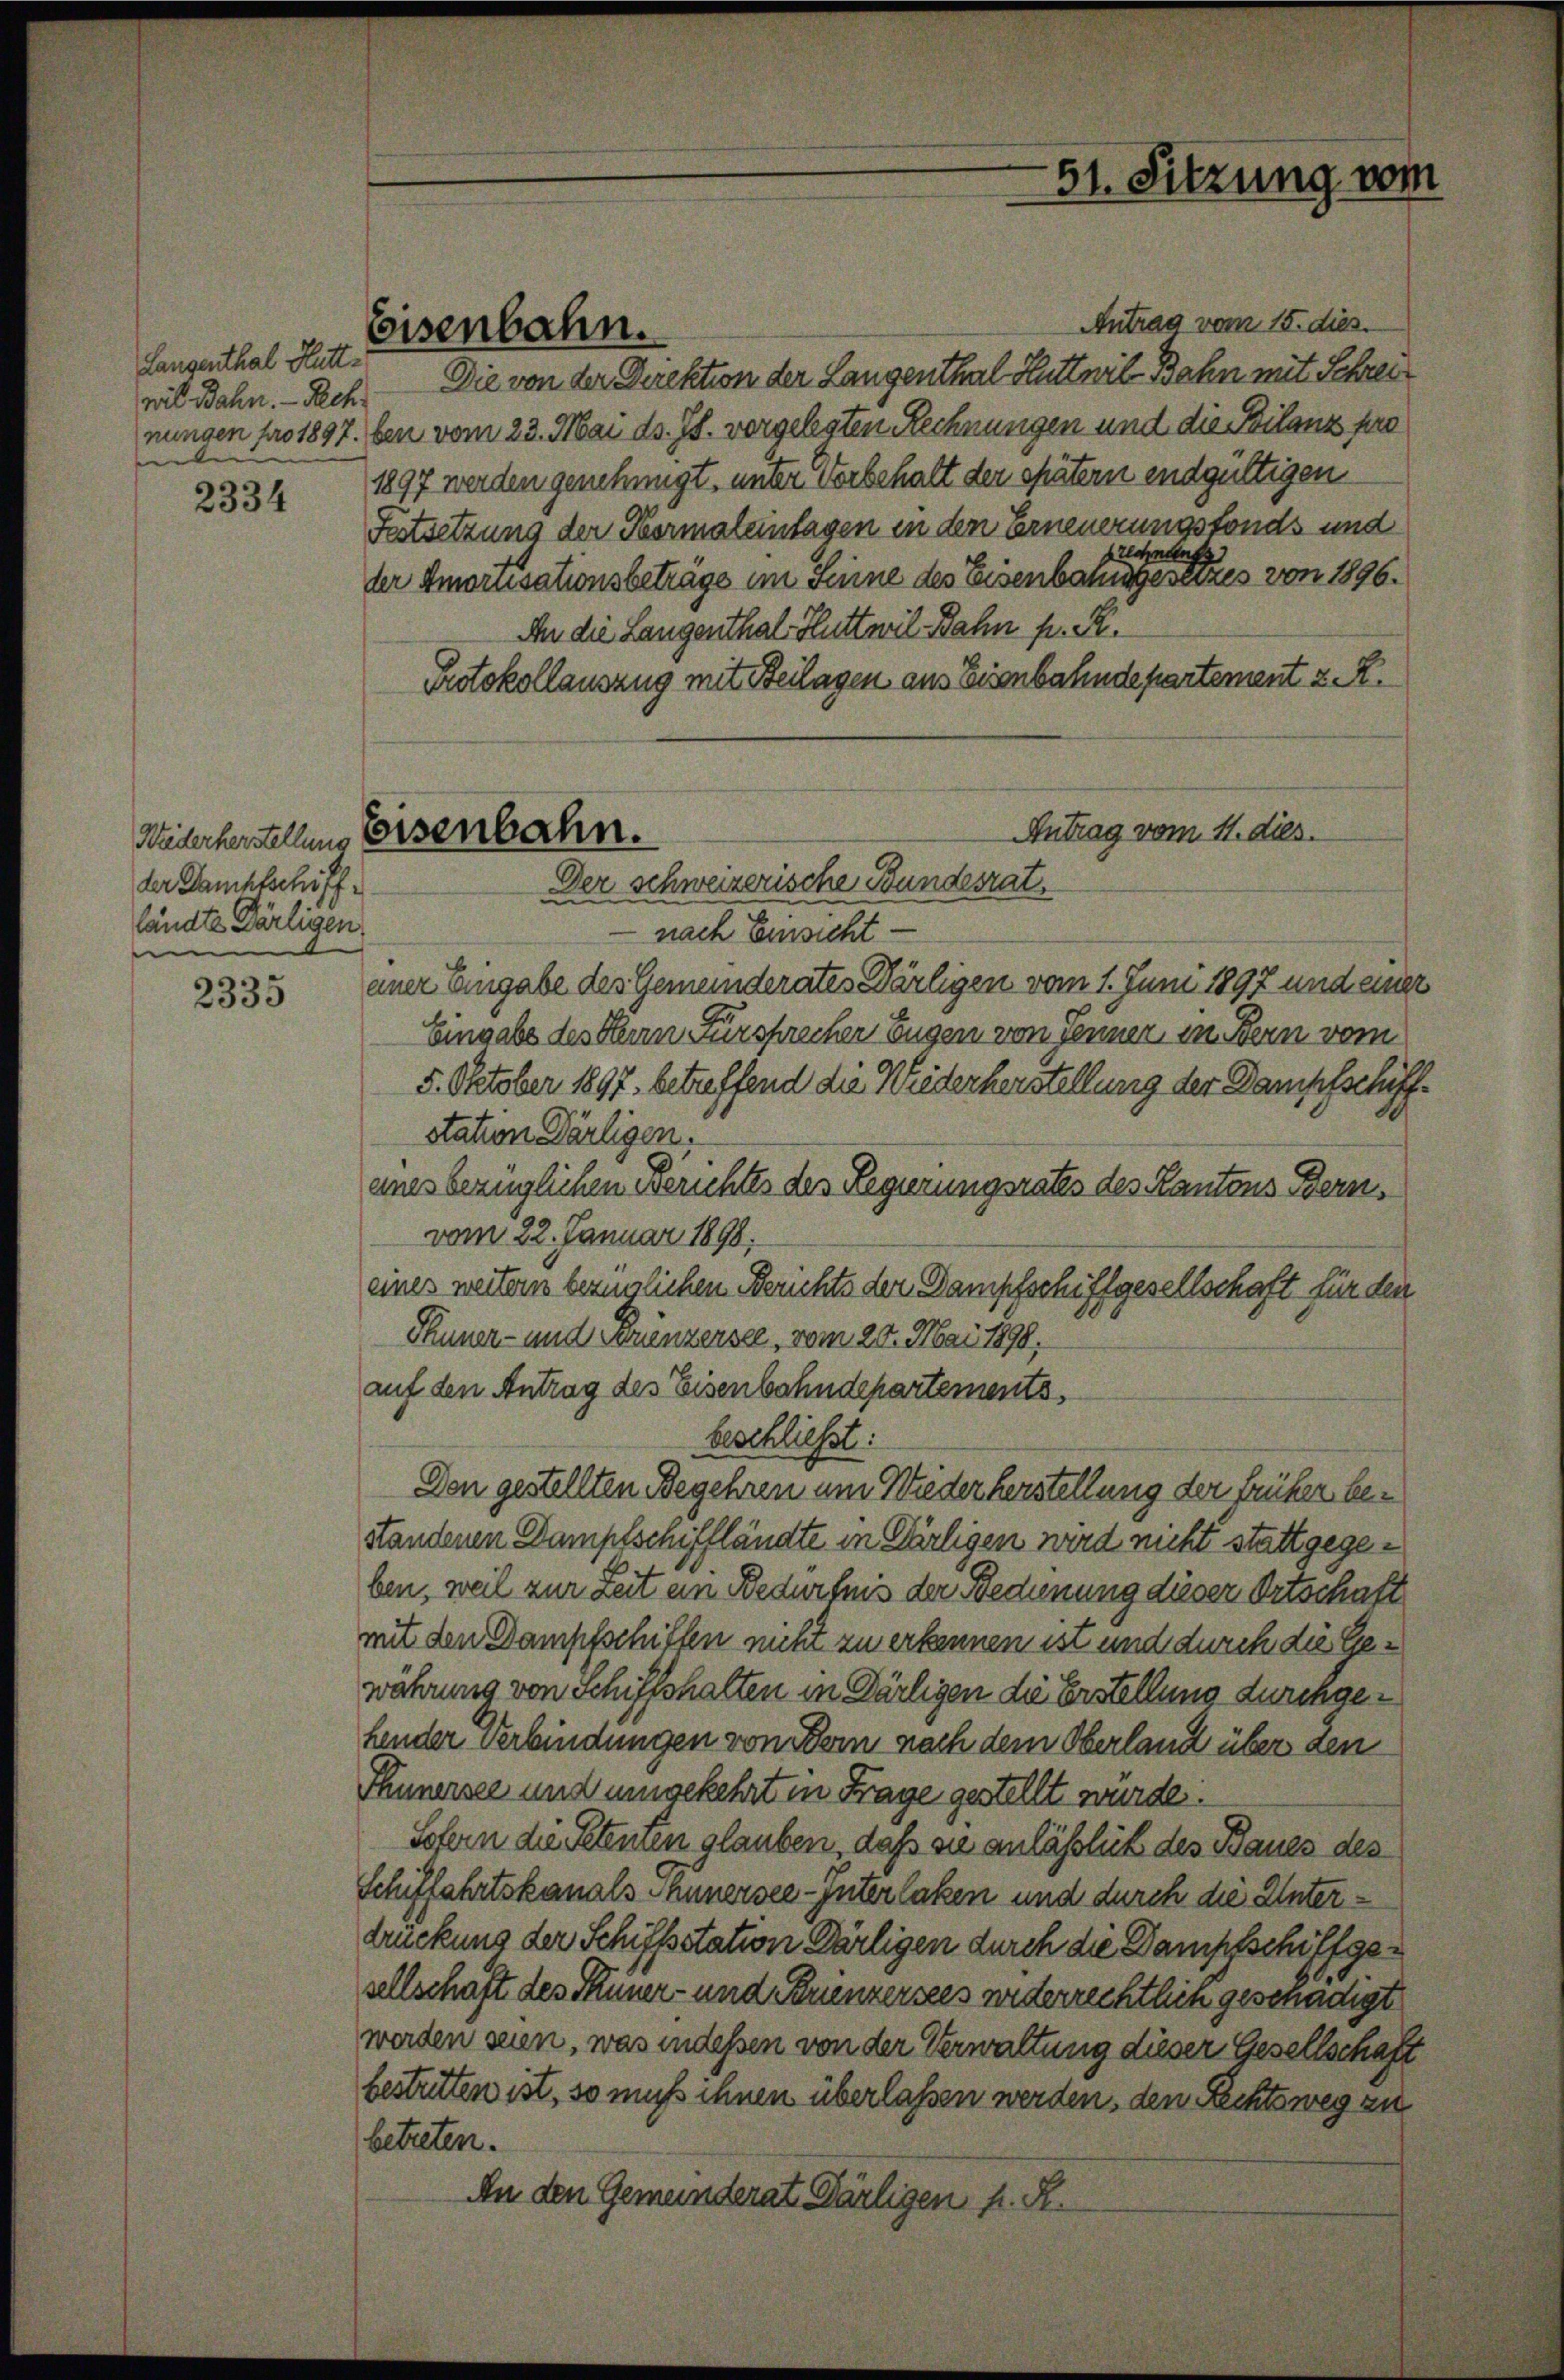
Langenthal Huttt

2334

der Dancktschiff
ländte Bärligen
e

2335

Eisenbahn.

Wederherstellens Eisenbahn.
Der schweizerische Bundesrat,

Antrag vom 15. dies.
will Bahn. - Nach Die von der Direktion der Langenthal Huttnil Bahn mit Schreinungen füro 1897. ben vom 23. Mai d. Js. vorgelegten Rechnungen und die Bilanz pro
1897 werden genehmigt, unter vorbehalt der spätern endgültigen
Festsetzung der Hermaleinlagen in den Erneuerungsfonds und
Brechnung
der Amortisationsbeträge im Seine des Eisenbauingesetzes von 1896.
An die Langenthal-Huttwil Bahn pr. K.
Protokollauszug mit Beilagen aus Eisenbahndepartement z. R.
 nach Einsicht
ener Eingabe des Gemeinderates Wärligen vom 1. Juni 1892 und einer
Eingabe des Herrn Fürsprecher Eugen von Jenner, in Bern vom
5. Oktober 1897. betreffend die Wiederkerstellung der Dampfschiff
station Darligen.
enes bezüglichen Berichtes des Regierungsrates des Kantons Bern,
vom 22. Januar 1898,
eines weitern bezüglichen Berichte der Dampfschiffgesellschaft für den
Thuner- und Brenzensee, vom 20. Mai 1890,
auf den Antrag des Eisenbahndepartements,
beschließt:
Den gestellten Begehren um Wiederherstellung der früher bestandenen Dampfschiffländte in Gärligen wird nicht stattgegeben, weil zur Zeit ein Bedürfnis der Bedinung dieser Ortschaft
mit den Dampfschiffen nicht zu erkennen ist und durch die Gewährung von Schiffshalten in Därligen die Erstellung durchgehender Verbindungen von dern nach dem Oberlang über den
Thunersee und umgekehrt in Frage gestellt würde.
Sofern die Petenten glauben, daß sie anläßlich des Baues des
Schiffahrtskanals Annersee-Interlaken und durch die Unterdrückung der Schiffsstation Darligen durch die Dampfschiffgesellschaft des Funer- und Neuenzersees widerrechtlich geschädigt
werden seien, was indessen von der Verwaltung dieser Gesellschaft
bestritten ist, so muß ihnen überlassen werden, den Rechtsweg zu
betreten.
An den Gemeinderat Bärligen fr. R.

Antrag vom 11. dies.

51. Sitzung vom